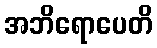
အဘိရောပေတိ